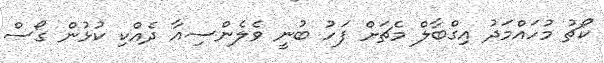
ކޯޗު މުހައްމަދު އިގްބާލް މެޗަށް ފަހު ބުނީ ވެލެންސިއާ ދެއްކި ކުޅުން ގޯސް